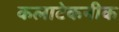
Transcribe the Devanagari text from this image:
कलाटेकनीक